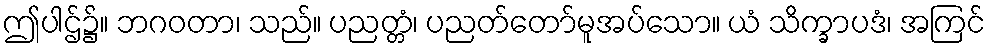
ဤပါဌ်၌။ ဘဂဝတာ၊ သည်။ ပညတ္တံ၊ ပညတ်တော်မူအပ်သော။ ယံ သိက္ခာပဒံ၊ အကြင်